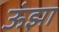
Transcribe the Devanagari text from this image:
ऊंझा